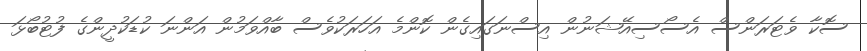
ސޮކާ ވެޓަރަންސް އެސޯސިއޭޝަނުން އިސްނަގައިގެން ކޮންމެ އަހަރަކުވެސް ބާއްވަމުން އަންނަ ކުޑަކުދީންގެ ފުޓުބޯޅަ